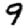
Digit: 9